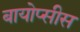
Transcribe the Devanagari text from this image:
बायोप्सीस